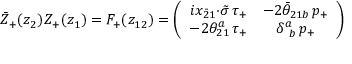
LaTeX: \bar { Z } _ { + } ( z _ { 2 } ) Z _ { + } ( z _ { 1 } ) = F _ { + } ( z _ { 1 2 } ) = \left( \begin{array} { c c } { { i x _ { \bar { 2 } 1 } { \cdot \tilde { \sigma } } \, \tau _ { + } } } & { { - 2 \bar { \theta } _ { 2 1 b } \, p _ { + } } } \\ { { - 2 \theta _ { 2 1 } ^ { a } \, \tau _ { + } } } & { { \delta _ { ~ b } ^ { a } \, p _ { + } } } \end{array} \right)